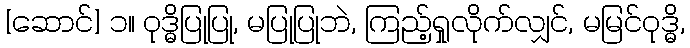
[ဆောင်] ၁။ ဝုဒ္ဓိပြုပြု, မပြုပြုဘဲ, ကြည့်ရှုလိုက်လျှင်, မမြင်ဝုဒ္ဓိ,